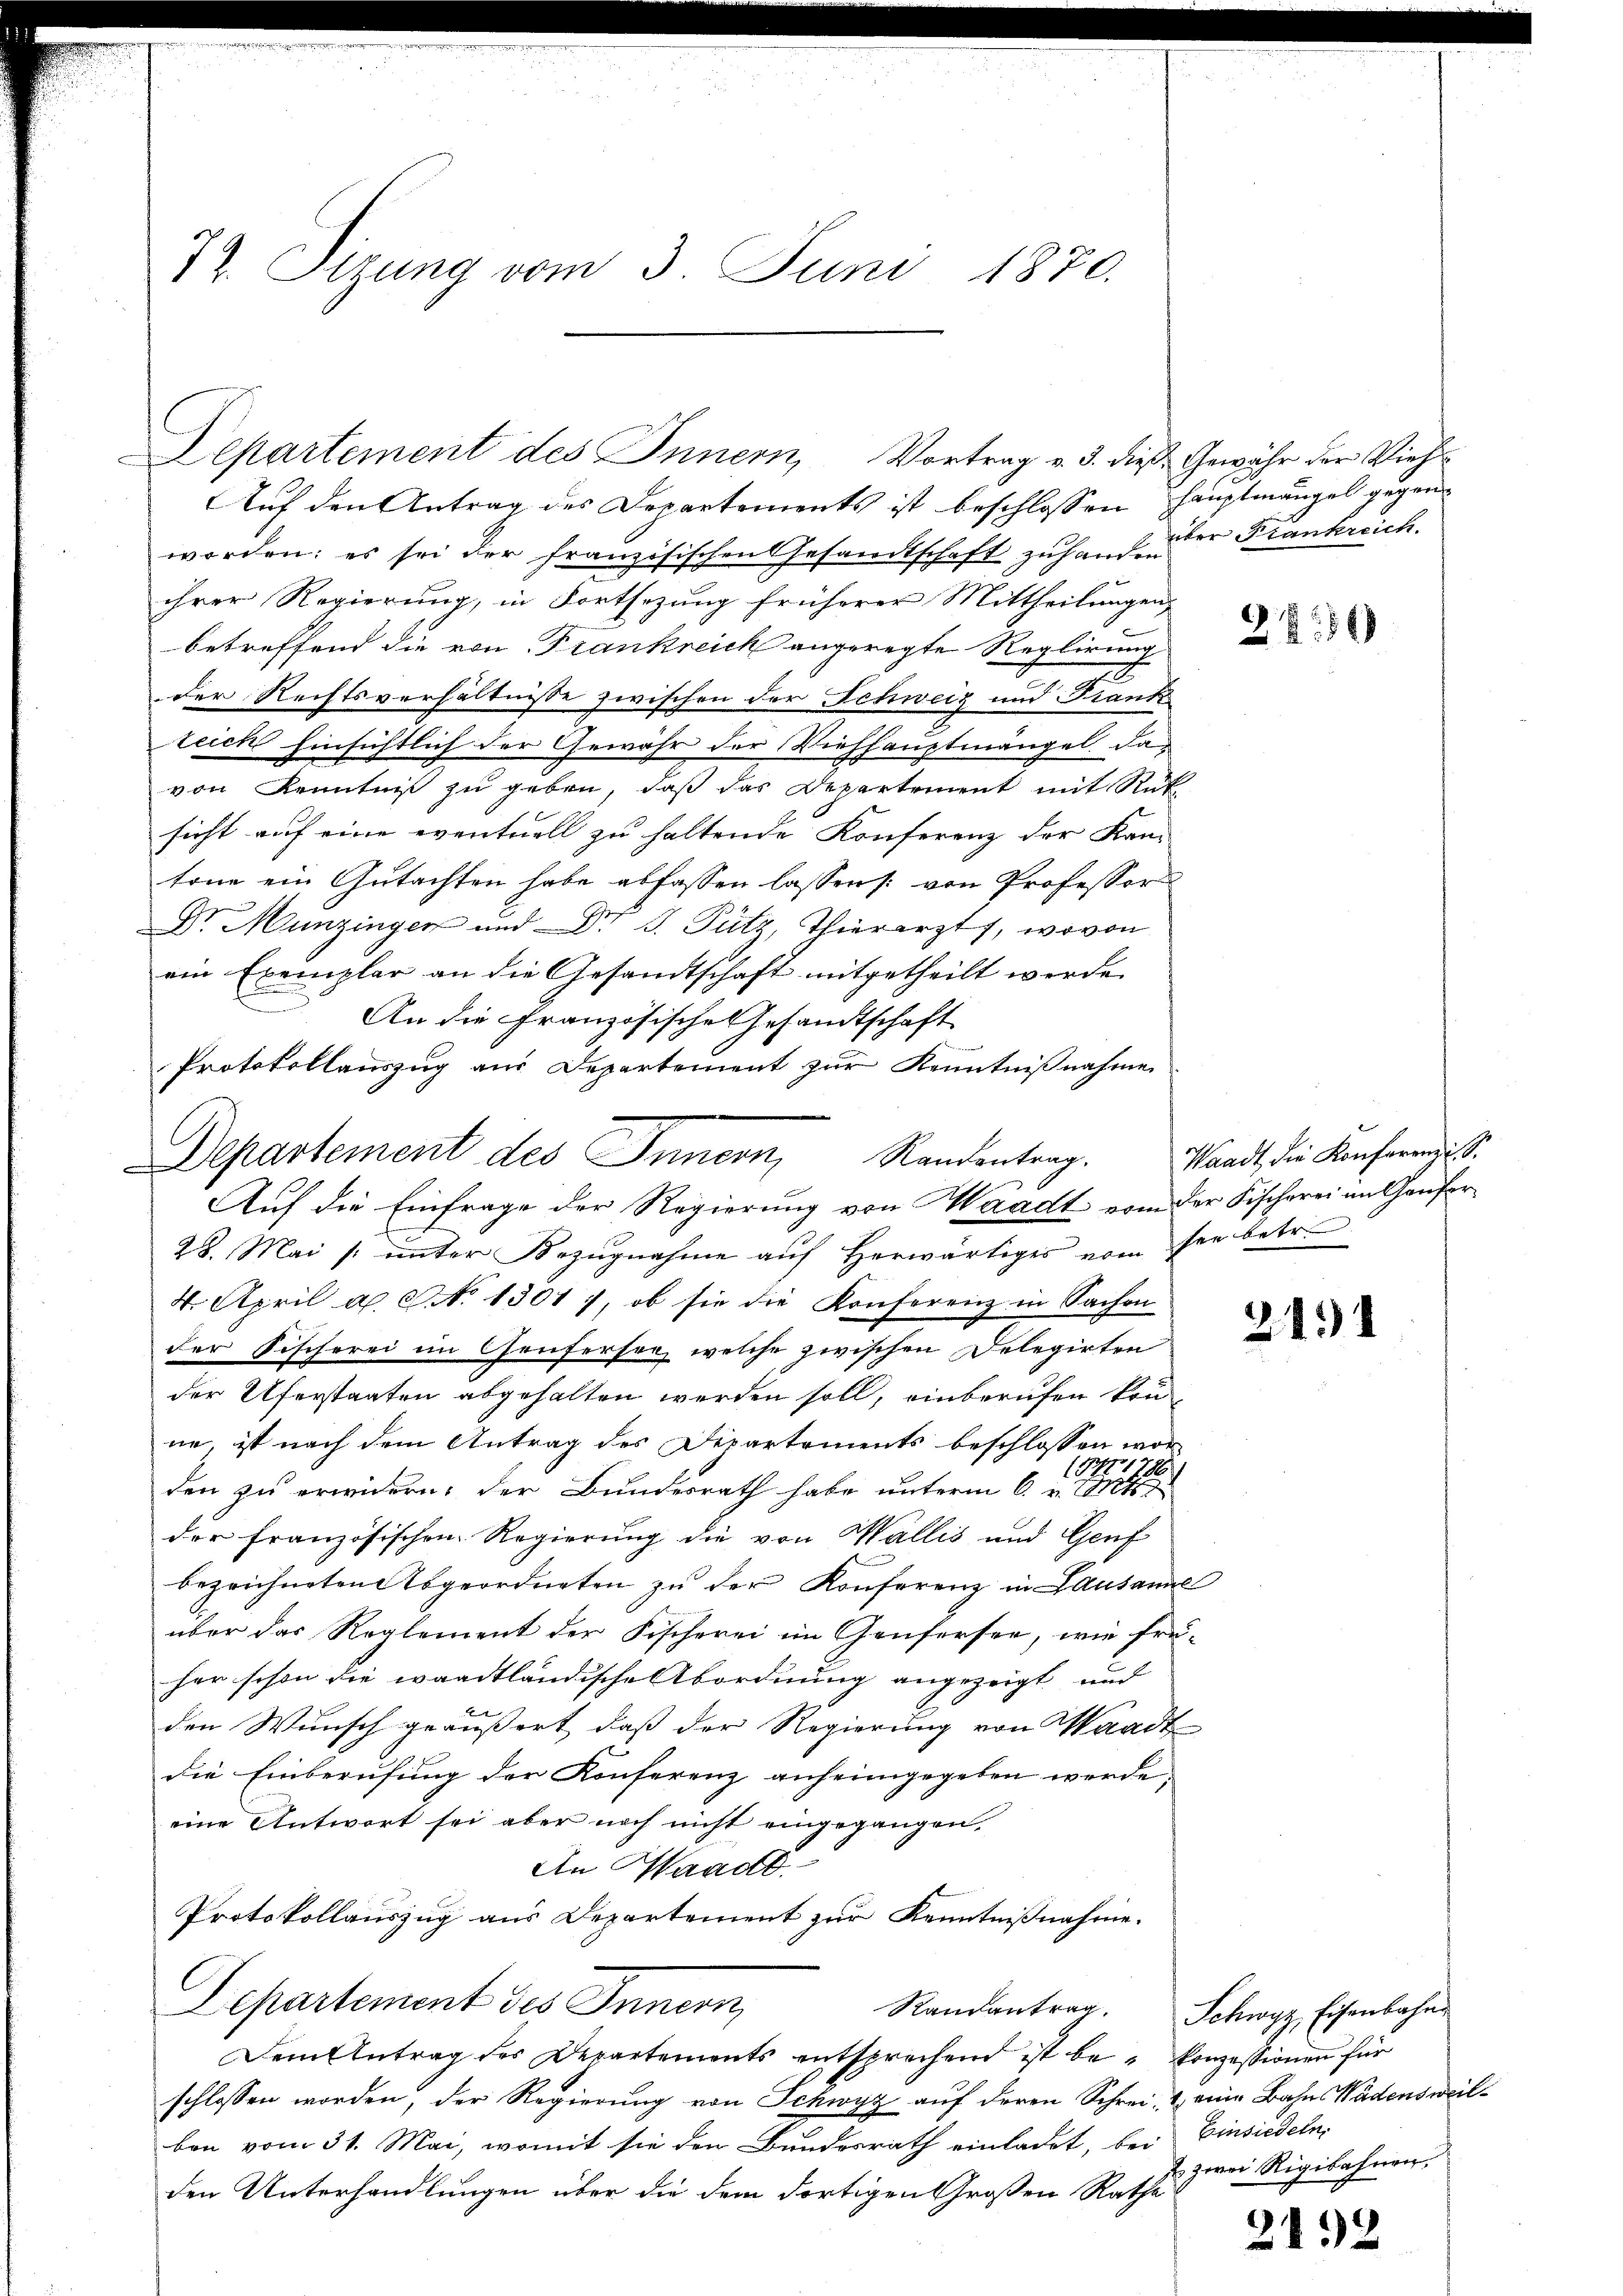
72. Itzung vom 3. Juni 1870.

Auf den Antrag des Departements ist beschlossen Hauptmängel gegen
worden: es sei der französischen Gesandtschaft zuhausender Frankreich.
ihrer Regierung, in Fortsezung früherer Mittheilungen,
betreffend die von Frankreich angeregte Reglirung
der Rechtsverhältnisse zwischen der Schweiz und Frank
teich hinsichtlich der Gewähr der Viehhauptmängel davon Kenntnis zu geben, daß das Departement mit Rut
sicht auf eine eventuell zu haltende Konferenz der Kan-
tone ein Gutachten habe abfassen lassen /: von Professor
Dr. Munzinger und Dr. S. Putz, Thierarzt, wovon
ein Exemplar an die Gesandtschaft mitgetheilt werde.
An die Französische Gesandtschaft
Protokollauszug aus Departement zur Kenntnißnahme
Auf die Einfrage der Regierung von Waadt, von der Fischerei im Ganfor
28. Mai / ŭnter Bezŭgnahme aŭf herwärtiges vom sei betr.
4. April d. No 1301), ob sie die Konferenz in Sachen
der Fischerei im Genferser, welche zwischen Delegirten
der Uferstaaten abgehalten werden soll, einberufen könn
ne, ist nach dem Antrag des Departements beschlossen wor
(Nr 1785/
den zu erwidern, der Bundesrath habe unterm 6. v. Mts.
der französischen Regierung die von Wallis und Genf
bezeichneten Abgeordneten zu der Konferenz in Lausanne
über das Reglement der Fischerei im Genfersee, wie frü-
her schon die waadtländische Abordnung angezeigt und
den Wunsch geäußert, daß der Regierung von Waadt
die Einberufung der Konferenz anheimgegeben werde;
eine Antwort sei aber noch nicht eingegangen.
An Waadt.
Protokollauszug aus Departement zur Kenntnißnahme.
Departement des Innern
Randantrag. Schwyz Eisenbahn
Dem Antrag des Departements entsprechend ist be- Konzessionen für
schlossen worden, der Regierŭng von Schwyz aŭf deren Schrei- & eine Bahn Wädensweil-
ben vom 31. Mai, womit sie den Bundesrath einladet, bei Einsiedeln,
den Unterhandlungen über die dem dortigen Großen Rathe

Departement des Innern, Vortrag v. 3. dieß Gewähr der Vieh¬

Departement des Innern, Randentrag.

2884)

Waadt, die Konferenz u. S.

21

zwei Rigibahnen.

2192